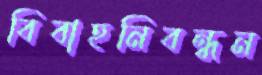
বিবাহনিবন্ধন